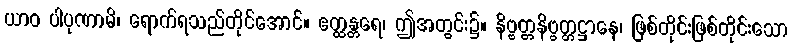
ယာဝ ပါပုဏာမိ၊ ရောက်ရသည်တိုင်အောင်။ ဧတ္ထန္တရေ၊ ဤအတွင်း၌။ နိဗ္ဗတ္တနိဗ္ဗတ္တဋ္ဌာနေ၊ ဖြစ်တိုင်းဖြစ်တိုင်းသော